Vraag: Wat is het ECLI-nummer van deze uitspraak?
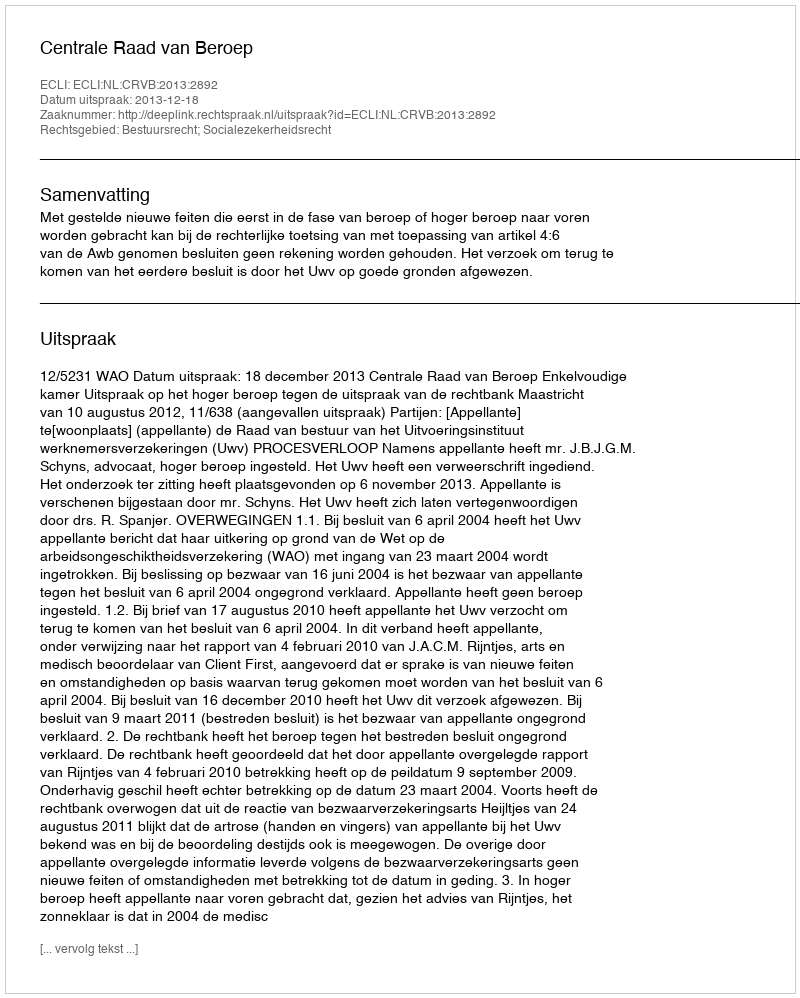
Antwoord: ECLI:NL:CRVB:2013:2892